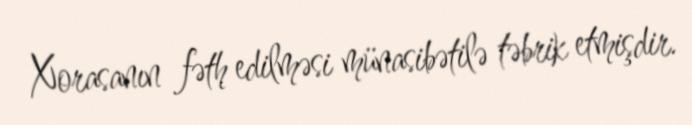
Xorasanın fəth edilməsi münasibətilə təbrik etmişdir.